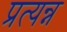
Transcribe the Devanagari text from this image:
प्रत्यन्न